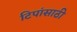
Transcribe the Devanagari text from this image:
टिपांसाठी